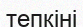
тепкіні